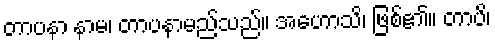
တာပနာ နာမ၊ တာပနာမည်သည်။ အဟောသိ၊ ဖြစ်၏။ တာပိ၊